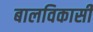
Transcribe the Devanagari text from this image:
बालविकासी